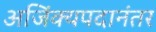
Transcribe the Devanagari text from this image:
अजिंक्यपदानंतर